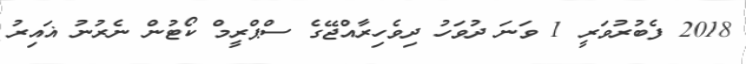
2018 ފެބުރުވަރީ 1 ވަނަ ދުވަހު ދިވެހިރާއްޖޭގެ ސްޕްރީމް ކޯޓުން ނެރުނު ޣައިރު